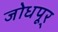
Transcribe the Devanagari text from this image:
जोधपूर्